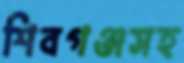
শিবগঞ্জসহ